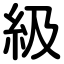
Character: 級